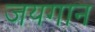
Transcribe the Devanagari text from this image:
जयगान